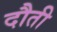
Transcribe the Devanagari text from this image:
दौती